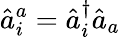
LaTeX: \hat{a}_{i}^{a}=\hat{a}_{i}^{\dagger}\hat{a}_{a}